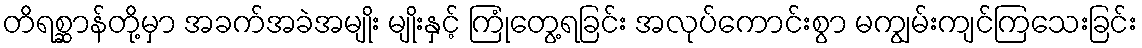
တိရစ္ဆာန်တို့မှာ အခက်အခဲအမျိုး မျိုးနှင့် ကြုံတွေ့ရခြင်း အလုပ်ကောင်းစွာ မကျွမ်းကျင်ကြသေးခြင်း